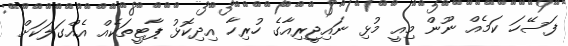
ފަސޭހަ ކަމެއް ނޫން މިއީ މުޅި ނައިޖީރިއާގެ ހުރިހާ އިދިކޮޅު ޕާޓީތަކެއް އެއްގަލަކަށް